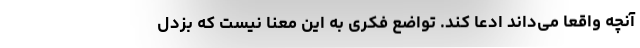
آنچه واقعاً می‌داند ادعا کند. تواضع فکری به این معنا نیست که بزدل